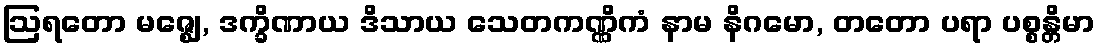
ဩရတော မဇ္ဈေ, ဒက္ခိဏာယ ဒိသာယ သေတကဏ္ဏိကံ နာမ နိဂမော, တတော ပရာ ပစ္စန္တိမာ